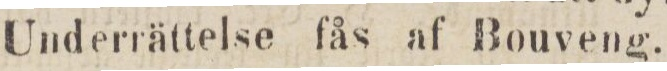
Underrättelse fås af Bouveng.